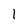
Character: 1